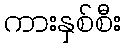
ကားနှစ်စီး